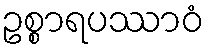
ဥစ္စာရပဿာဝံ